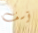
آسف